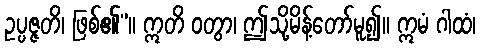
ဥပ္ပဇ္ဇတိ၊ ဖြစ်၏”။ ဣတိ ဝတွာ၊ ဤသို့မိန့်တော်မူ၍။ ဣမံ ဂါထံ၊